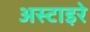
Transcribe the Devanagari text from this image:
अस्टाइरे